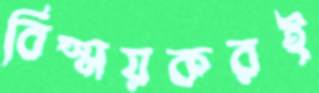
বিস্ময়করই